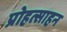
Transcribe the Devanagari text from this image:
प्रोहत्साहन